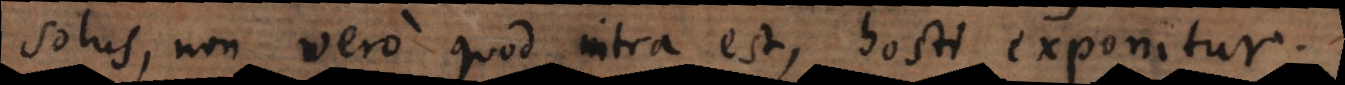
solus, non vero quod intra est, hosti exponitur.